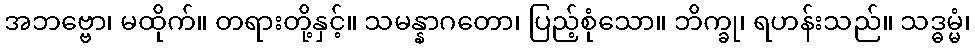
အဘဗ္ဗော၊ မထိုက်။ တရားတို့နှင့်။ သမန္နာဂတော၊ ပြည့်စုံသော။ ဘိက္ခု၊ ရဟန်းသည်။ သဒ္ဓမ္မံ၊